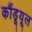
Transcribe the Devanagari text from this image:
कौंडूयूल